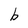
Character: b